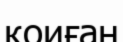
қоиған